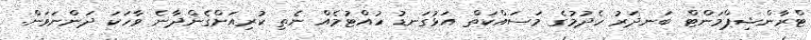
ޓްރާންޝިޕްމަންޓް ބަނދަރު ހެދުމުގެ މަސައްކަތް އަޅުގަނޑު ހުއްޓުމެއް ނެތި ކުރިއަށްގެންދާނެ ވާހަކަ ދަންނަވަން.